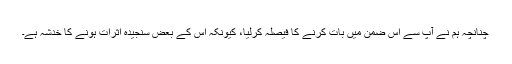
چنانچہ ہم نے آپ سے اس ضمن میں بات کرنے کا فیصلہ کرلیا، کیونکہ اس کے بعض سنجیدہ اثرات ہونے کا خدشہ ہے۔